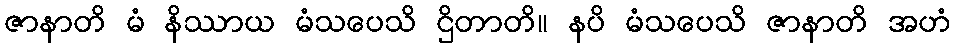
ဇာနာတိ မံ နိဿာယ မံသပေသိ ဌိတာတိ။ နပိ မံသပေသိ ဇာနာတိ အဟံ